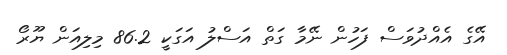
އޭގެ އެއްދުވަސް ފަހުން ނޭމާ ގަތް އަސްލު އަގަކީ 86.2 މިލިއަން ޔޫރޯ